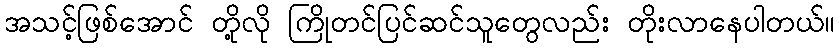
အသင့်ဖြစ်အောင် တို့လို ကြိုတင်ပြင်ဆင်သူတွေလည်း တိုးလာနေပါတယ်။